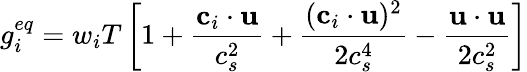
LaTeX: g_{i}^{eq}=w_{i}T\left[1+\frac{\textbf{c}_{i}\cdot\textbf{u}}{c_{s}^{2}}+\frac{(\textbf{c}_{i}\cdot\textbf{u})^{2}}{2c_{s}^{4}}-\frac{\textbf{u}\cdot\textbf{u}}{2c_{s}^{2}}\right]